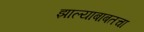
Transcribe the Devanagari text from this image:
झाल्याबाबतचा